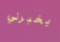
يخبرني